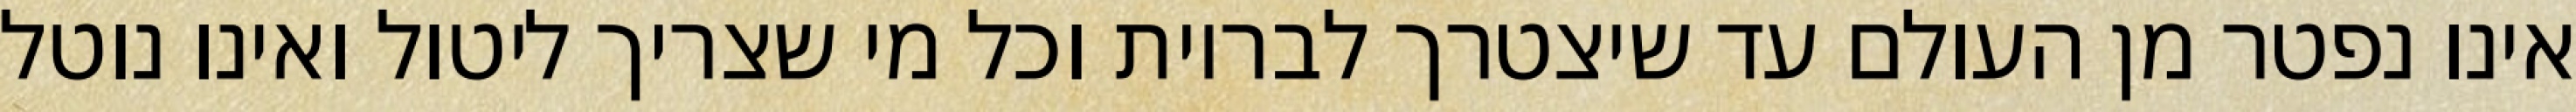
אינו נפטר מן העולם עד שיצטרך לבריות וכל מי שצריך ליטול ואינו נוטל